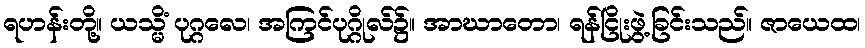
ရဟန်းတို့။ ယသ္မိံ ပုဂ္ဂလေ၊ အကြင်ပုဂ္ဂိုလ်၌။ အာဃာတော၊ ရန်ငြိုးဖွဲ့ခြင်းသည်။ ဇာယေထ၊